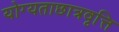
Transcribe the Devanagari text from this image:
योग्यताछात्रवृत्ति